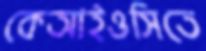
কেআইওসিতে